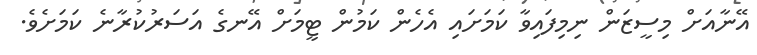
އޭނާއަށް މިސީޒަން ނިމިފައިވާ ކަމަށައި އެހެން ކަމުން ޓީމަށް އޭނގެ އަސަރުކުރާނެ ކަމަށެވެ.